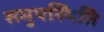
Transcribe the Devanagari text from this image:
समुपस्थिति